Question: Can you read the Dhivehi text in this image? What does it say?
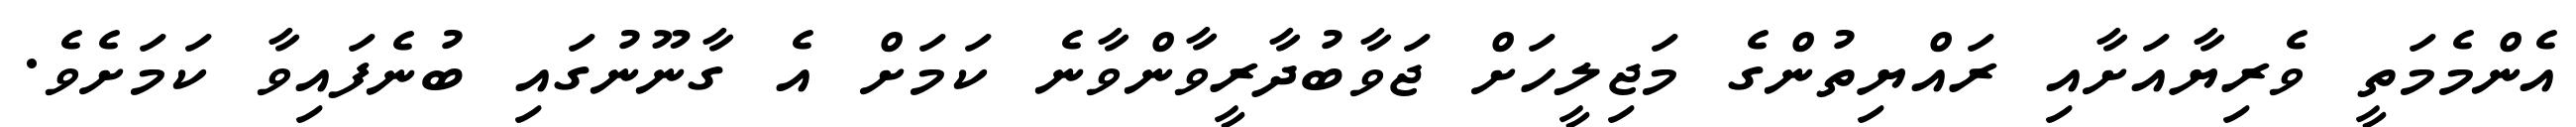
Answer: އެންމެމަތީ ވެރިޔާއަށާއި ރައްޔިތުންގެ މަޖިލީހަށް ޖަވާބުދާރީވާންވާނެ ކަމަށް އެ ގާނޫނުގައި ބުނެފައިވާ ކަމަށެވެ.